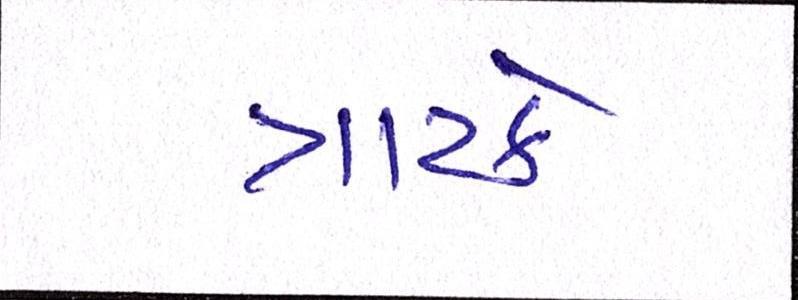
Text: ત્રાટકે